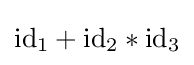
\mathrm {id} _{1}+\mathrm {id} _{2}*\mathrm {id} _{3}